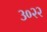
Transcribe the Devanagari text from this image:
३०२२